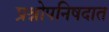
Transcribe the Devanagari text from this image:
प्रश्नोपनिषदात